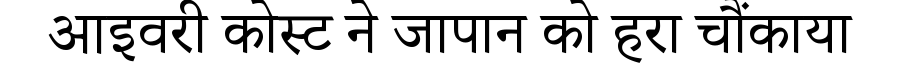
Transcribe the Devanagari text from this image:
आइवरी कोस्ट ने जापान को हरा चौंकाया